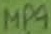
Text: MP9